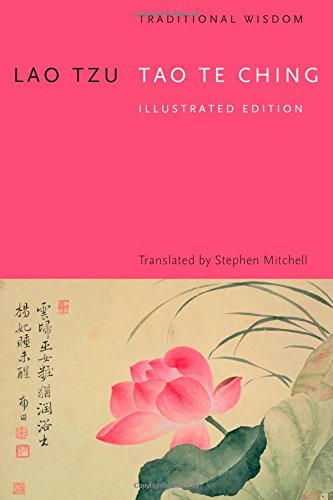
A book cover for Tao Te Ching: Illustrated Edition; Stephen Mitchell; Religion & Spirituality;